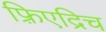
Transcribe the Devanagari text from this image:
फ़्रिएद्रिच